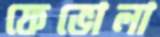
ফেভোলা